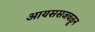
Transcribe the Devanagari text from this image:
आयससजवळून